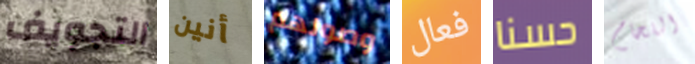
التجويف أنين وصولهم فعال حسنا اللحام